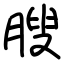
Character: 膄